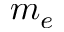
m _ { e }